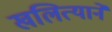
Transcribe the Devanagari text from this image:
खलित्याने